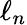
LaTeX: \ell_{n}